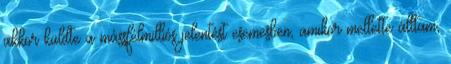
akkor küldte a mássfélmilliós jelentést esemesben, amikor mellette álltam,